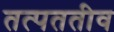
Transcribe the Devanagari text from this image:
तत्पततीव